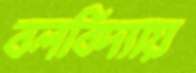
বলবিদ্যায়